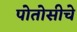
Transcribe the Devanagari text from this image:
पोतोसीचे